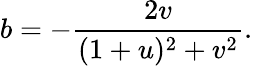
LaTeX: b=-\frac{2v}{(1+u)^{2}+v^{2}}.